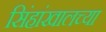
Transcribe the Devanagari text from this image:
सिंहांखालच्या